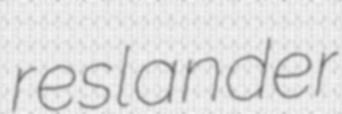
reslander